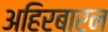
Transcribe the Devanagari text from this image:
अहिरबारन